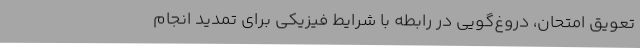
تعویق امتحان، دروغ‌گویی در رابطه با شرایط فیزیکی برای تمدید انجام